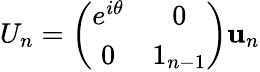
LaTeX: U_{n}=\left(\begin{array}{cc}{{e^{i\theta}}}&{{0}}\\ {{0}}&{{1_{n-1}}}\end{array}\right)\mathbf{u}_{n}